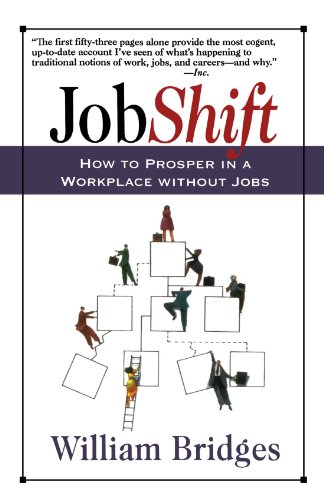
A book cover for Jobshift: How To Prosper In A Workplace Without Jobs; William Bridges; Business & Money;